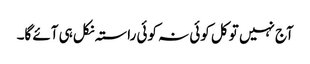
آج نہیں تو کل کوئی نہ کوئی راستہ نکل ہی آئے گا۔